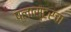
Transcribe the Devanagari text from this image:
प्लास्टरचा